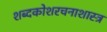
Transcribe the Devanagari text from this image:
शब्दकोशरचनाशास्त्र